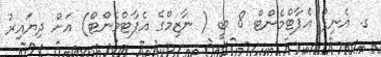
ގ. އެނިފް އެޕާޓްމެންޓް 8 ބީ ( ނާޒިމްގެ އެޕާޓްމެންޓް) އަށް ދިޔައިރު